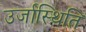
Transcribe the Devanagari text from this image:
उर्जास्थिति